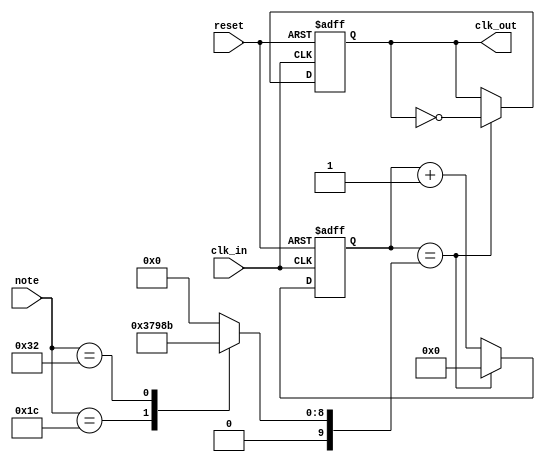
`timescale 1ns / 1ps
//////////////////////////////////////////////////////////////////////////////////
// Company: 
// Engineer: 
// 
// Design Name: 
// Module Name: O4_ClkDiv
// Project Name: 
// Target Devices: 
// Tool Versions: 
// Description: 
// 
// Dependencies: 
// 
// Revision:
// Revision 0.01 - File Created
// Additional Comments:
// 
//////////////////////////////////////////////////////////////////////////////////


module O4_ClkDiv(
    input [7:0] note,
    input clk_in,
    input reset,
    output reg clk_out
    );
    
    reg [9:0] cmax;
    reg [9:0] count;
    
    always @ (note) begin
        case (note)
            28: cmax <= 444; // 100MHZ / 256 / 440 / 2
            50: cmax <= 395; // 100MHZ / 256 / 493.88 / 2
            default: cmax <= 0;
        endcase
    end
    
    always @ (posedge clk_in or posedge reset) begin
        if (reset) begin
            clk_out <= 0;
            count <= 0;
        end else begin
            if (count == cmax) begin
                clk_out <= ~clk_out;
                count <= 0;
            end else begin
                count <= count + 1;
            end
        end
    end
    
endmodule